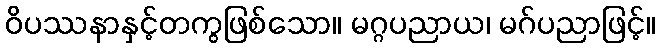
ဝိပဿနာနှင့်တကွဖြစ်သော။ မဂ္ဂပညာယ၊ မဂ်ပညာဖြင့်။